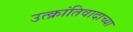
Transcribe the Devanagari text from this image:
उत्क्रांतिवादाच्या